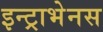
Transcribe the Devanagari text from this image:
इन्ट्राभेनस